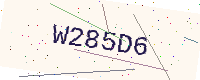
Text: W285D6